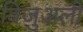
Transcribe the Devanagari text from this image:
विजुअली